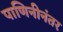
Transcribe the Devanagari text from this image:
पाणिनीनंतर